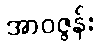
အာဝဇ္ဇန်း